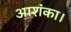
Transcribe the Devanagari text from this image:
आशंका।